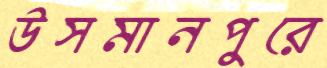
উসমানপুরে